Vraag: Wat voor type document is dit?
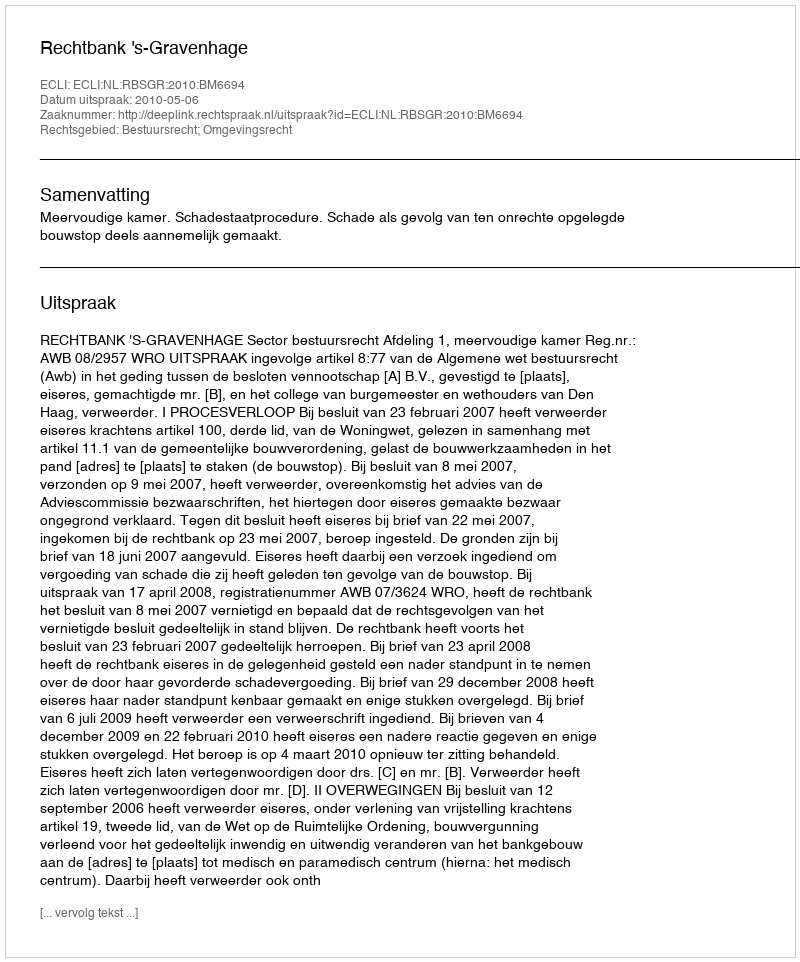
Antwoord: Uitspraak